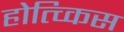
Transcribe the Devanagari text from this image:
होत्च्किस